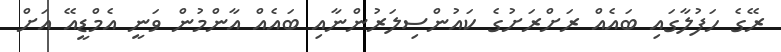
ރޭގެ ހަފުލާގައި ބައެއް ރަށްރަށުގެ ކައުންސިލަރުންނާއި ބައެއް އާންމުން ވަނީ އެމްޑީއޭ އަށް